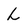
Character: l